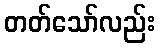
တတ်သော်လည်း